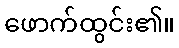
ဖောက်ထွင်း၏။